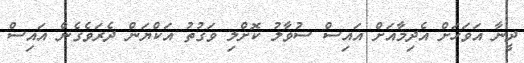
ދީނާ އަވަހަށް އެދިމާއަށް އައިސް ސުވާލު ކޮށްލި ވަގުތު އަކްޔަން ދެރަވެގެން އައިސް